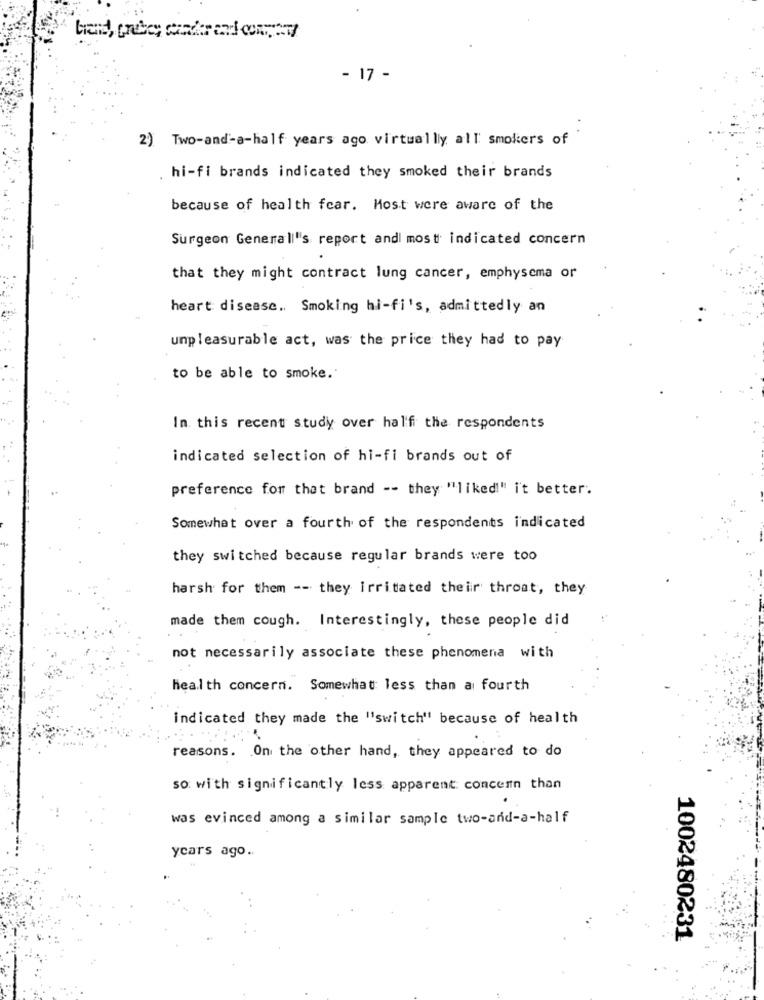
- 17 -
2) Two-and-a-half years ago virtually all smokers of
hi-fi brands indicated they smoked their brands
because of health fcar. Host were aware of the
Surgeon Generall's report and most indicated concern
that they might contract lung cancer, emphysema or
heart disease. Smoking hi-fi's, admittedly an
unpleasurable act, was the price they had to pay
to be able to smoke.
In this recent study over half the respondents
indicated selection of hi-fi brands out of
preference for that brand -- they "liked!" i't better.
Somewhat over a fourth of the respondents indicated
they switched because regular brands were too
harsh for them -- they Irritated their throat, they
made them cough. Interestingly, these people did
not necessarily associate these phenomena with
health concern. Somewhat less than a fourth
indicated they made the "switch" because of health
reasons. On the other hand, they appeared to do
so with significantly less apparent concern than
was evinced among a similar sample two-and-a-half
years ago.
1002480231